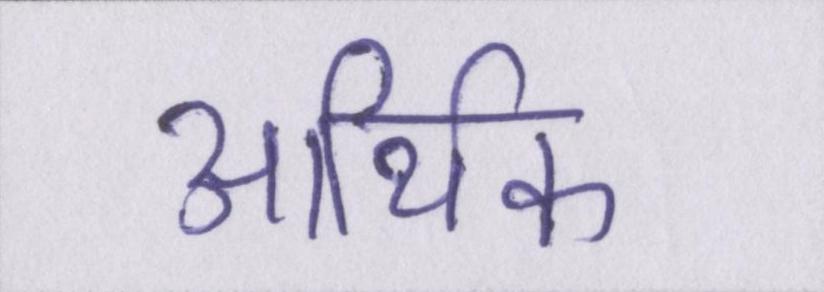
आथि॑क